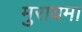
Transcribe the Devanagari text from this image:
मुरायमा